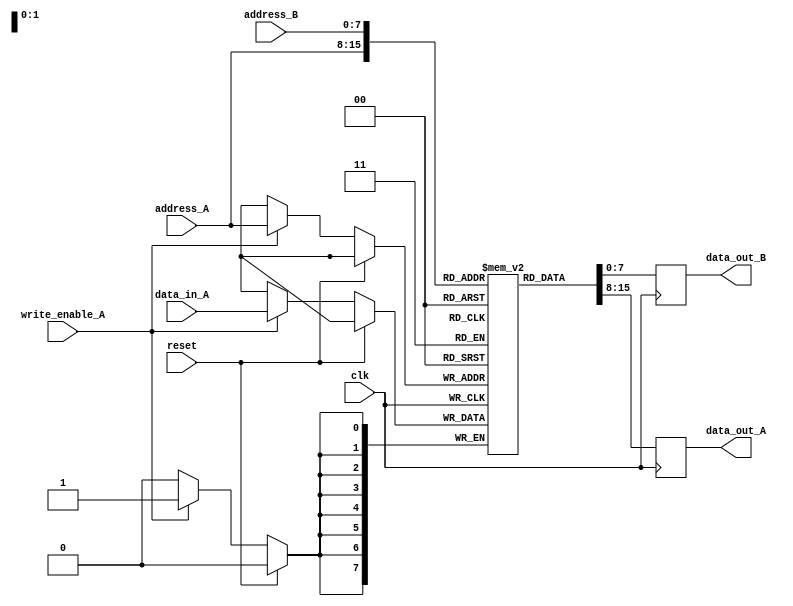
module dual_port_ram (
  input wire clk,
  input wire reset,
  
  // Port A signals
  input wire [7:0] data_in_A,
  input wire [7:0] address_A,
  input wire write_enable_A,
  output reg [7:0] data_out_A,
  
  // Port B signals
  input wire [7:0] address_B,
  output reg [7:0] data_out_B
);

  reg [7:0] memory [0:255]; // 256 memory locations, each storing 8-bit data
  
  // Port A read/write operations
  always @(posedge clk) begin
    if (reset) begin
      data_out_A <= 8'h00;
    end else if (write_enable_A) begin
      memory[address_A] <= data_in_A;
    end
    data_out_A <= memory[address_A];
  end
  
  // Port B read operation
  always @(posedge clk) begin
    data_out_B <= memory[address_B];
  end

endmodule